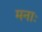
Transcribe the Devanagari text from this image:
मनाः